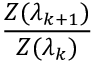
\frac { Z ( \lambda _ { k + 1 } ) } { Z ( \lambda _ { k } ) }